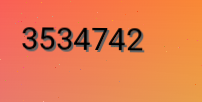
3534742